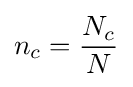
n_{c}={\frac {N_{c}}{N}}